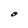
Character: O